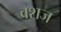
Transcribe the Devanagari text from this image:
वशज